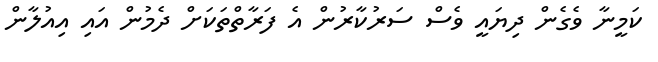
ކަމީނާ ވެގެން ދިޔައީ ވެސް ސަރުކާރުން އެ ފަރާތްތަކަށް ދެމުން އައި އިއުލާން